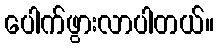
ပေါက်ဖွားလာပါတယ်။